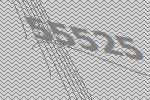
55525